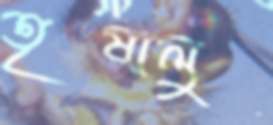
তৃষালু